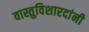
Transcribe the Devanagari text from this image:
वास्तुविशारदांनी